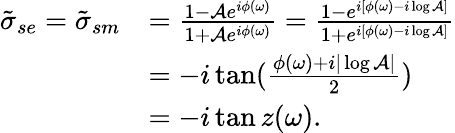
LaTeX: \begin{array}{rl}{\tilde{\sigma}_{se}=\tilde{\sigma}_{sm}}&{=\frac{1-\mathcal{A}e^{i\phi(\omega)}}{1+\mathcal{A}e^{i\phi(\omega)}}=\frac{1-e^{i[\phi(\omega)-i\log\mathcal{A}]}}{1+e^{i[\phi(\omega)-i\log\mathcal{A}]}}}\\ &{=-i\tan(\frac{\phi(\omega)+i|\log\mathcal{A}|}{2})}\\ &{=-i\tan z(\omega).}\end{array}